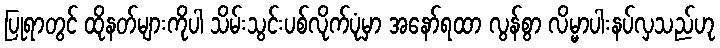
ပြုရာတွင် ထိုနတ်များကိုပါ သိမ်းသွင်းပစ်လိုက်ပုံမှာ အနော်ရထာ လွန်စွာ လိမ္မာပါးနပ်လှသည်ဟု